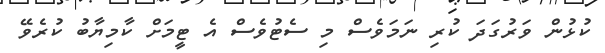
ކުޅުން ވަރުގަދަ ކުރި ނަމަވެސް މި ސެޓުވެސް އެ ޓީމަށް ކާމިޔާބު ކުރެވޭ